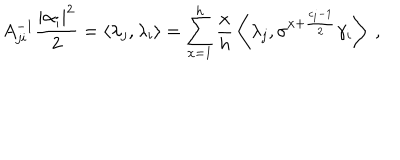
A _ { j i } ^ { - 1 } \frac { | \alpha _ { i } | ^ { 2 } } { 2 } = \left\langle \lambda _ { j } , \lambda _ { i } \right\rangle = \sum _ { x = 1 } ^ { h } \frac { x } { h } \, \left\langle \lambda _ { j } , \sigma ^ { x + \frac { c _ { i } - 1 } { 2 } } \gamma _ { i } \right\rangle \; ,